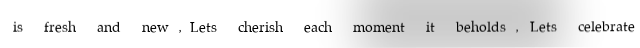
is fresh and new,Lets cherish each moment it beholds, Lets celebrate